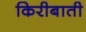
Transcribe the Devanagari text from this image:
किरीबाती